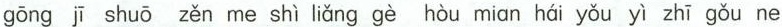
gōng jī shuō zěn me shì liǎng gè hòu mian hái yǒu yì zhī gǒu ne